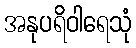
အနုပရိဝါရေသုံ